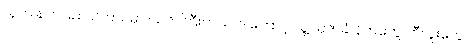
သူက နတ်ပြည် ၆-ထပ်မှာ ဩဇာကြီးတယ်၊ ဒါကြောင့် သူ့ဩဇာခံ နတ်တွေ ဘီလူးတွေ